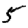
Digit: 5